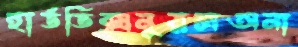
হার্ডডিক্সনূরলঅনা